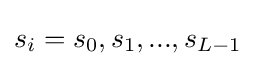
s_{i}=s_{0},s_{1},...,s_{L-1}